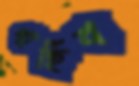
গাহিব